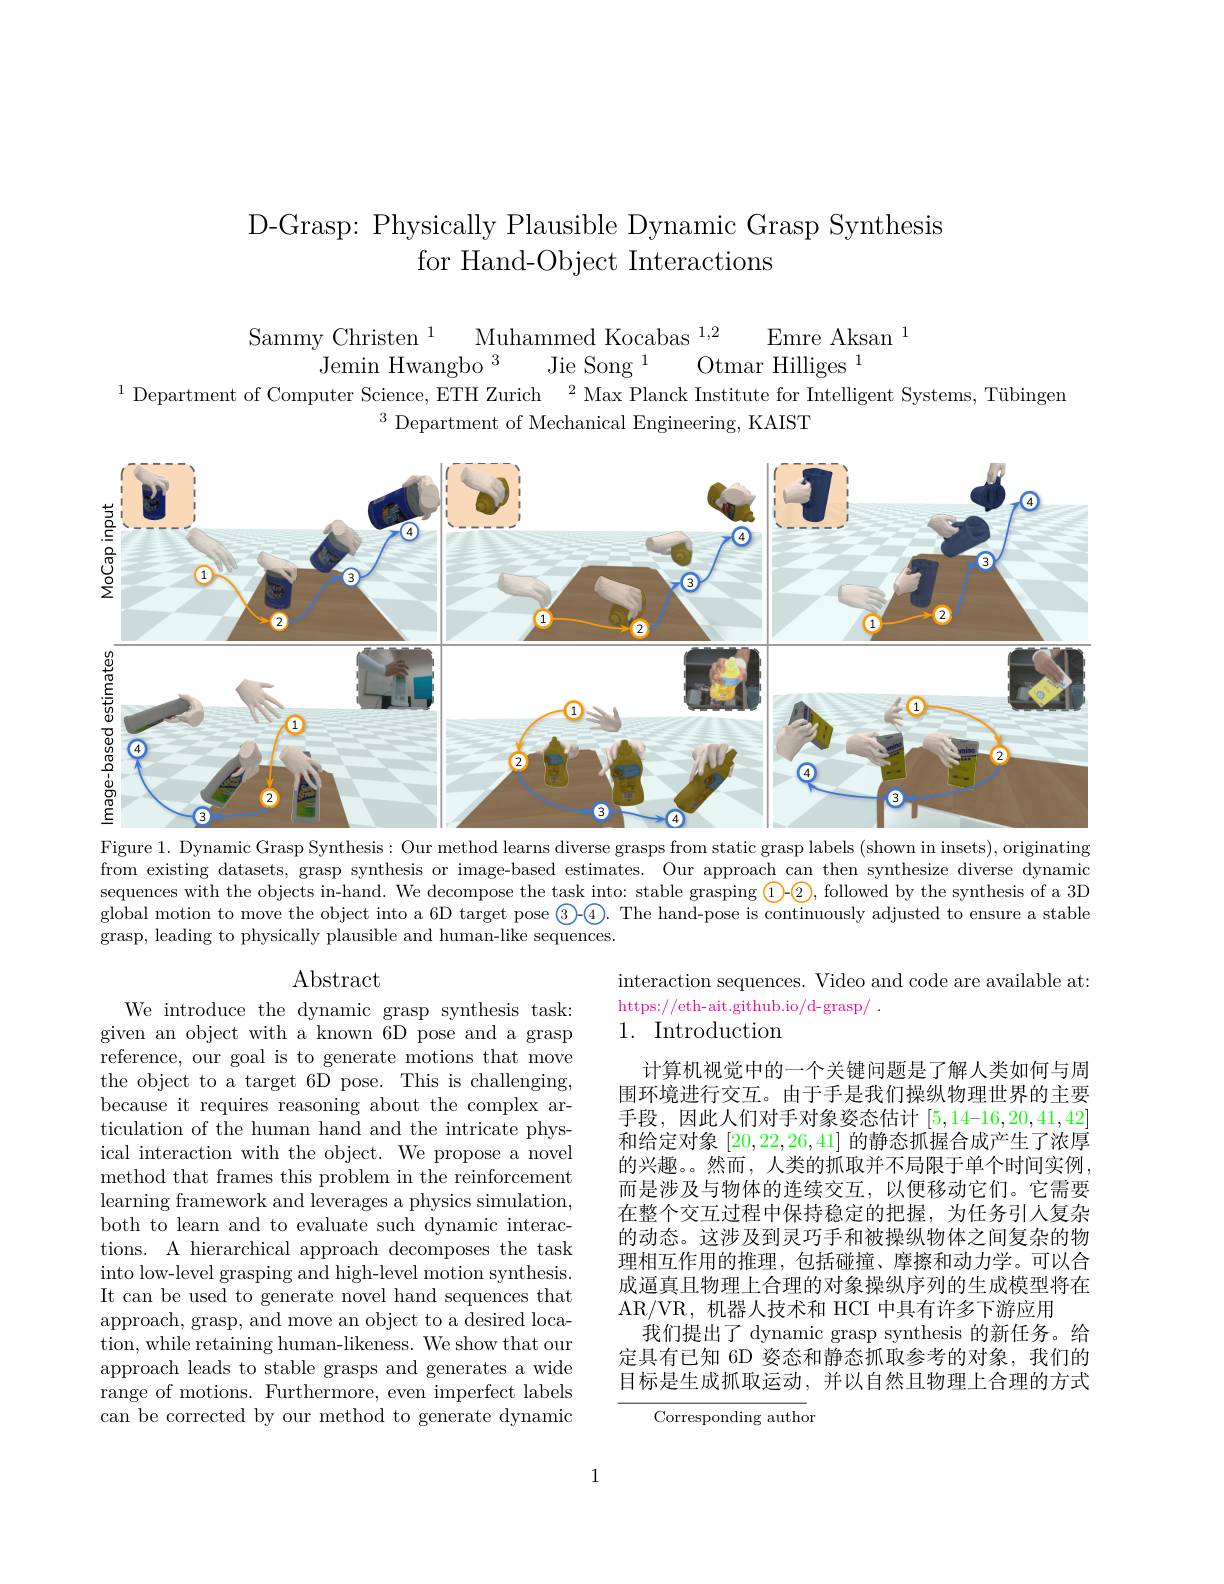
# D-Grasp: Physically Plausible Dynamic Grasp Synthesis for Hand-Object Interactions

Muhammed Kocabas $^{1,2}$
Sammy Christen $^{1}$
Emre Aksan $^1$
Jemin Hwangbo $^{3}$
Jie Song 1
Otmar Hilliges 1
$^{1}$ Department of Computer Science, ETH Zurich$\:^2$ Max Planck Institute for Intelligent Systems, Tübingen
$^3$ Department of Mechanical Engineering, KAIST

<FigureHere>
Figure 1. Dynamic Grasp Synthesis: Our method learns diverse grasps from static grasp labels (shown in insets), originating

from existing datasets, grasp synthesis or image-based estimates. Our approach can then synthesize diverse dynamic sequences with the objects in-hand. We decompose the task into: stable grasping $\textcircled{1}\textcircled{2}$, followed by the synthesis of a 3D global motion to move the object into a 6D target pose $\textcircled{3}$-4. The hand-pose is continuously adjusted to ensure a stable grasp, leading to physically plausible and human-like sequences.

Abstract

interaction sequences. Video and code are available at:
https://eth-ait.github.io/d-grasp/ .
1. Introduction

We introduce the dynamic grasp synthesis task: given an object with a known $\bar{6\text{D pose and a grasp}}$ reference, our goal is to generate motions that move the object to a target 6D pose. This is challenging, because it requires reasoning about the complex articulation of the human hand and the intricate physical interaction with the object. We propose a novel method that frames this problem in the reinforcement learning framework and leverages a physics simulation, both to learn and to evaluate such dynamic interactions. A hierarchical approach decomposes the task into low-level grasping and high-level motion synthesis. It can be used to generate novel hand sequences that approach, grasp, and move an object to a desired location, while retaining human-likeness. We show that our approach leads to stable grasps and generates a wide range of motions. Furthermore, even imperfect labels can be corrected by our method to generate dynamic

计算机视觉中的一个关键问题是了解人类如何与周围环境进行交互。由于手是我们操纵物理世界的主要手段，因此人们对手对象姿态估计[5,14-16,20,41,42] 和给定对象[20,22,26,41]的静态抓握合成产生了浓厚的兴趣。然而，人类的抓取并不局限于单个时间实例， 而是涉及与物体的连续交互，以便移动它们。它需要在整个交互过程中保持稳定的把握，为任务引人复杂的动态。这涉及到灵巧手和被操纵物体之间复杂的物理相互作用的推理，包括碰撞、摩擦和动力学。可以合成逼真且物理上合理的对象操纵序列的生成模型将在AR/VR, 机器人技术和 HCI 中具有许多下游应用
我们提出了 dynamic grasp synthesis 的新任务。给定具有已知 6D 姿态和静态抓取参考的对象，我们的目标是生成抓取运动，并以自然且物理上合理的方式

Corresponding author

1